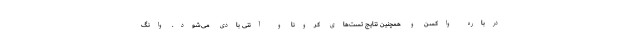
درباره واکسن و همچنین نتایج تست‌های کرونا و آنتی بادی می‌شود. وانگ